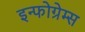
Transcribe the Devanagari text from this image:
इन्फोग्रेम्स